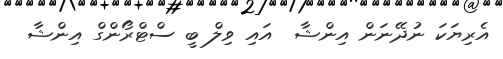
އެރިޔަކަ ނުދޭނަން އިންޝާ  އައި ވިލް ބީ ސްޓްރޯންގް އިންޝާ